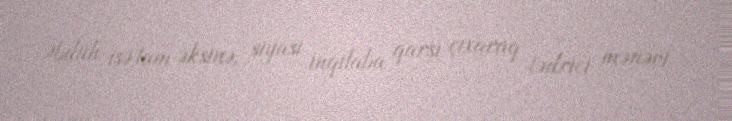
Əbdüh isə tam əksinə, siyasi inqilaba qarşı çıxaraq tədrici mənəvi